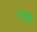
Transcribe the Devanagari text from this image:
डिस्‍प्ले